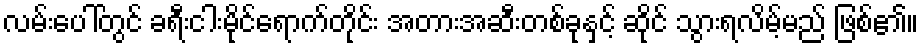
လမ်းပေါ်တွင် ခရီးငါးမိုင်ရောက်တိုင်း အတားအဆီးတစ်ခုနှင့် ဆိုင် သွားရလိမ့်မည် ဖြစ်၏။